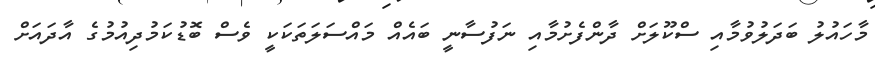
މާހައުލު ބަދަލުވުމާއި ސްކޫލަށް ދާންފެށުމާއި ނަފުސާނީ ބައެއް މައްސަލަތަކަކީ ވެސް ބޮޑުކަމުދިއުމުގެ އާދައަށް